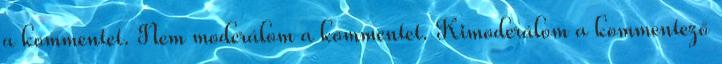
a kommentet. Nem moderálom a kommentet. Kimoderálom a kommentező